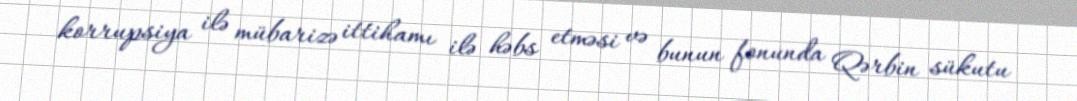
korrupsiya ilə mübarizə ittihamı ilə həbs etməsi və bunun fonunda Qərbin sükutu